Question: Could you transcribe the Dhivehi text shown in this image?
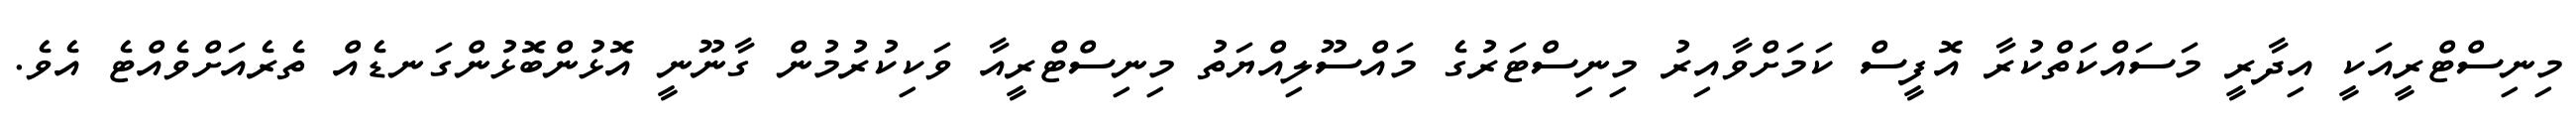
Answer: މިނިސްޓްރީއަކީ އިދާރީ މަސައްކަތްކުރާ އޮފީސް ކަމަށްވާއިރު މިނިސްޓަރުގެ މައްސޫލިއްޔަތު މިނިސްޓްރީއާ ވަކިކުރުމުން ގާނޫނީ އޮޅުންބޮޅުންގަނޑެއް ތެރެއަށްވެއްޓެ އެވެ.